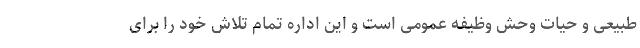
طبیعی و حیات وحش وظیفه عمومی است و این اداره تمام تلاش خود را برای